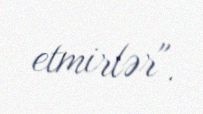
etmirlər".